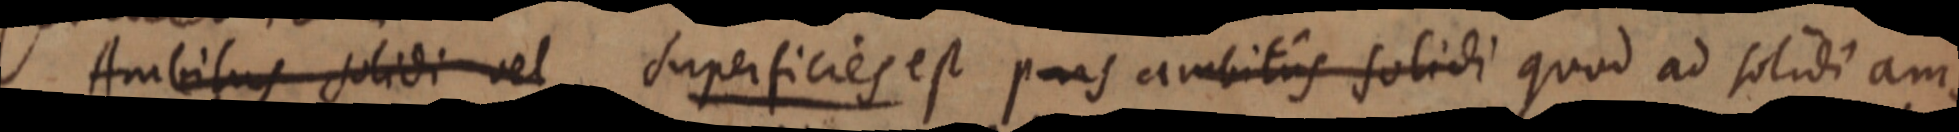
Ambitus solidi vel superficies est pars ambitus solidi quod ad solidi am